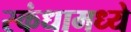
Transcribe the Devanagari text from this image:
स्कंधामध्ये